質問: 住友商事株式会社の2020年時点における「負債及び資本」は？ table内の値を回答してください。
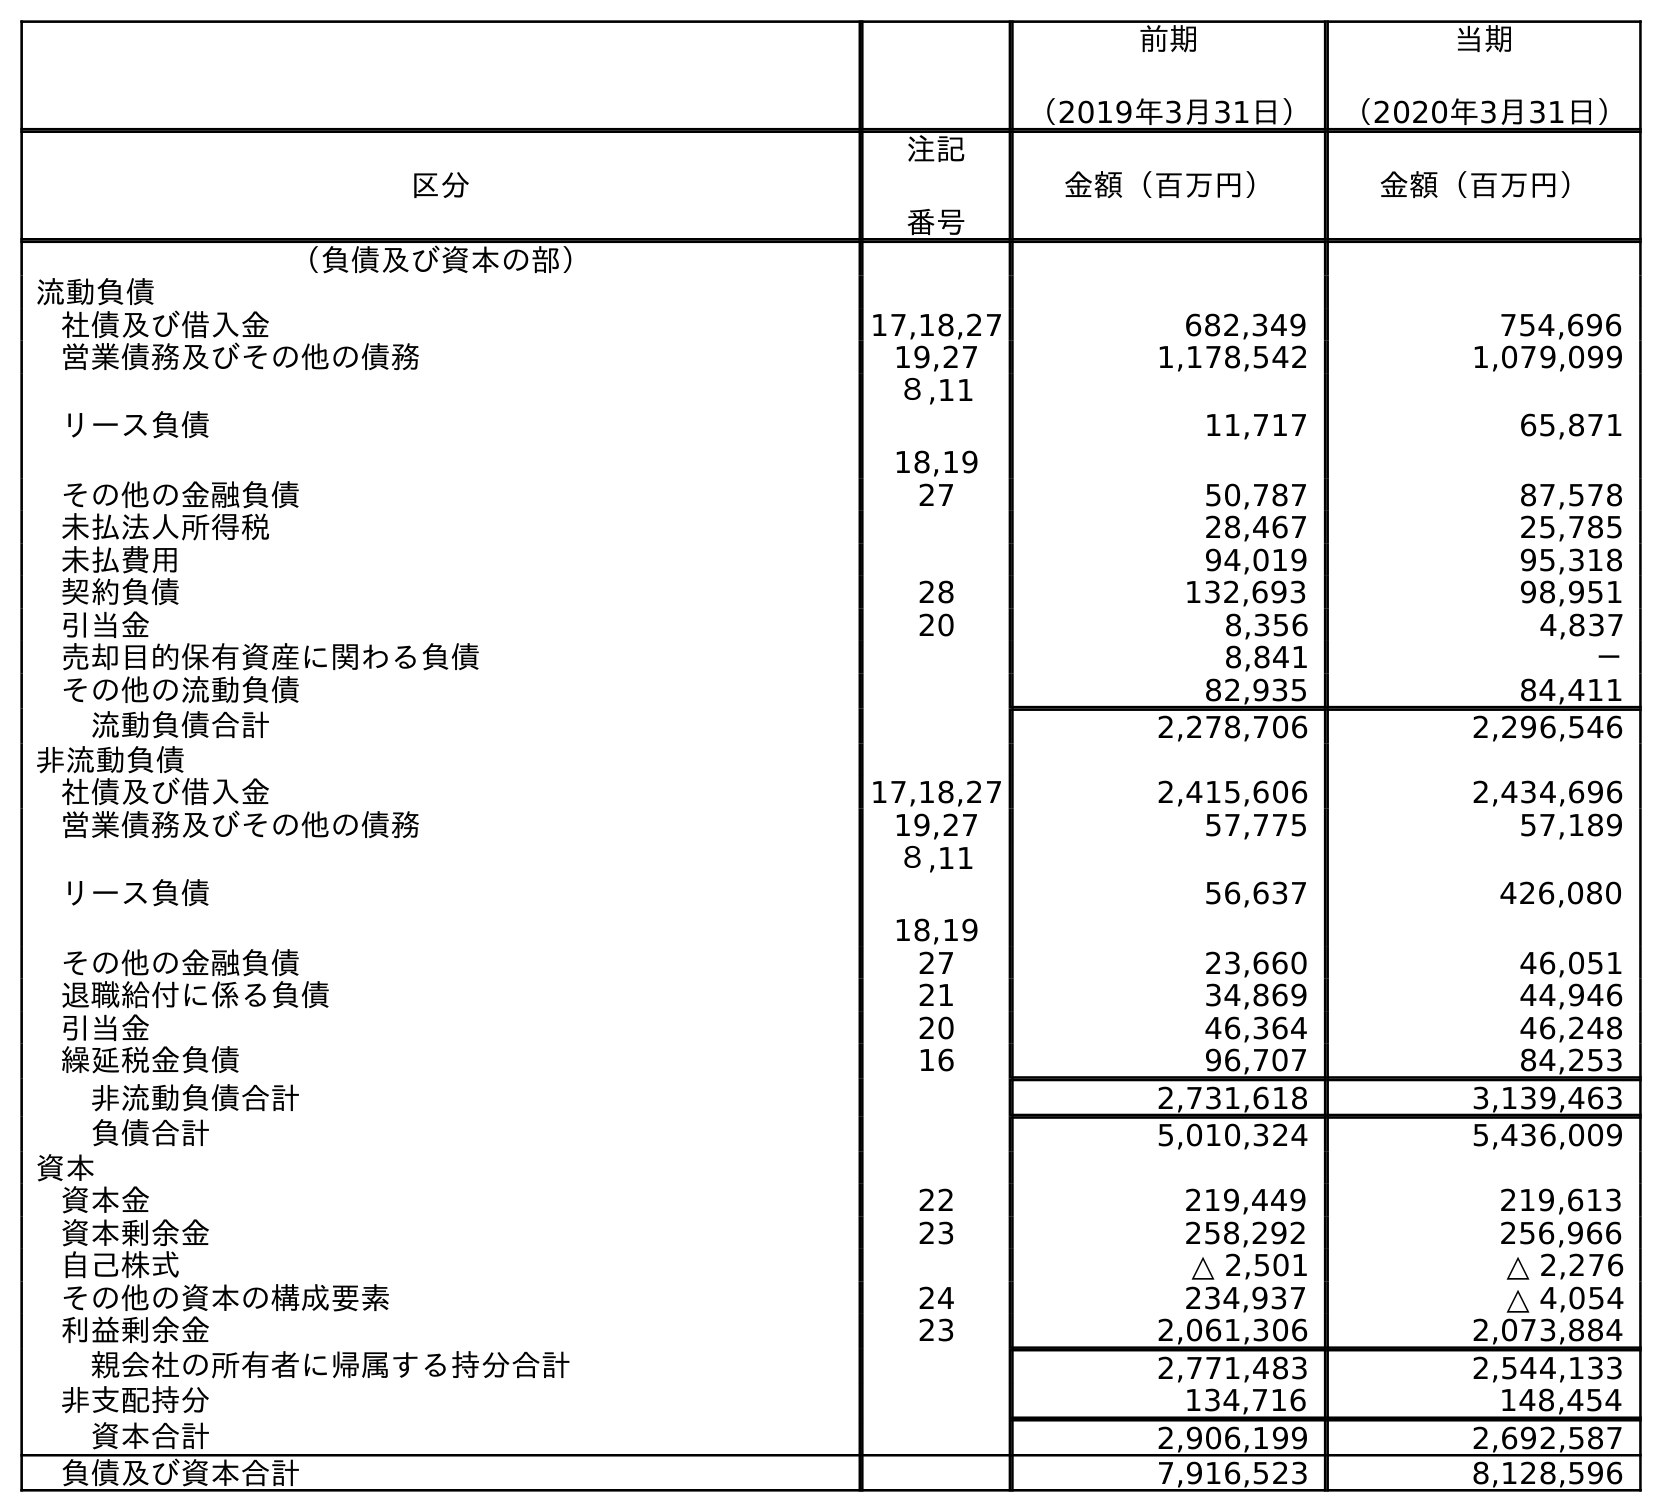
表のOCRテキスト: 前期 （2019年3月31日） 当期 （2020年3月31日） 区分 注記 番号 金額（百万円） 金額（百万円） （負債及び資本の部） 流動負債 社債及び借入金 17,18,27 682,349 754,696 営業債務及びその他の債務 19,27 1,178,542 1,079,099 リース負債 ８,11 18,19 11,717 65,871 その他の金融負債 27 50,787 87,578 未払法人所得税 28,467 25,785 未払費用 94,019 95,318 契約負債 28 132,693 98,951 引当金 20 8,356 4,837 売却目的保有資産に関わる負債 8,841 － その他の流動負債 82,935 84,411 流動負債合計 2,278,706 2,296,546 非流動負債 社債及び借入金 17,18,27 2,415,606 2,434,696 営業債務及びその他の債務 19,27 57,775 57,189 リース負債 ８,11 18,19 56,637 426,080 その他の金融負債 27 23,660 46,051 退職給付に係る負債 21 34,869 44,946 引当金 20 46,364 46,248 繰延税金負債 16 96,707 84,253 非流動負債合計 2,731,618 3,139,463 負債合計 5,010,324 5,436,009 資本 資本金 22 219,449 219,613 資本剰余金 23 258,292 256,966 自己株式 △ 2,501 △ 2,276 その他の資本の構成要素 24 234,937 △ 4,054 利益剰余金 23 2,061,306 2,073,884 親会社の所有者に帰属する持分合計 2,771,483 2,544,133 非支配持分 134,716 148,454 資本合計 2,906,199 2,692,587 負債及び資本合計 7,916,523 8,128,596
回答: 8,128,596